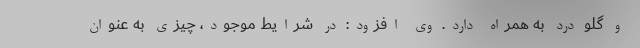
و گلو درد به همراه دارد. وی افزود: در شرایط موجود، چیزی به عنوان